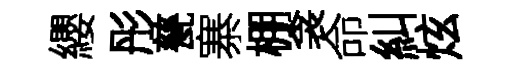
纓彤甆寨棚衾命糾炫